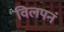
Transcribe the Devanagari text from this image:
विलपनं